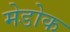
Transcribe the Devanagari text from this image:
मेडोक